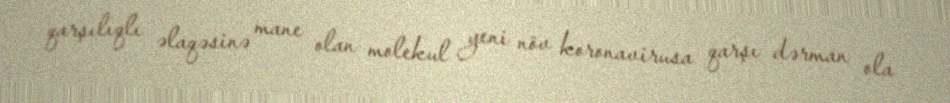
qarşılıqlı əlaqəsinə mane olan molekul yeni növ koronavirusa qarşı dərman ola